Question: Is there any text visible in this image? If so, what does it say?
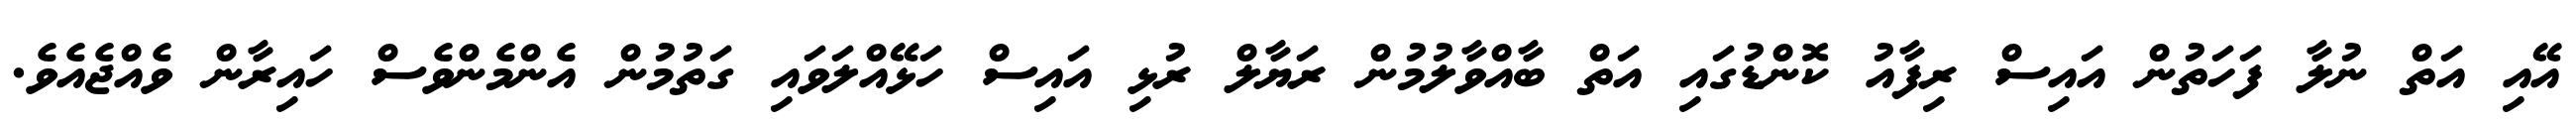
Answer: އޭއި އަތް ނުލާ ފަހަތުން އައިސް ރިފާއު ކޮންޑުގައި އަތް ބާއްވާލުމުން ރަޔާލް ރުޅި އައިސް ހަޅޭއްލަވައި ގަތުމުން އެންމެންވެސް ހައިރާން ވެއްޖެއެވެ.